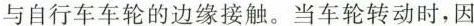
与自行车车轮的边缘接触。当车轮转动时，因